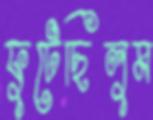
ফুটেছিলুম